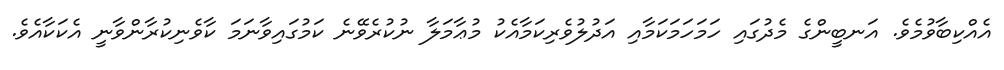
އެއްކިބާވުމެވެ. އަނބީންގެ މެދުގައި ހަމަހަމަކަމާއި އަދުލުވެރިކަމާއެކު މުޢާމަލާ ނުކުރެވޭނެ ކަމުގައިވާނަމަ ކާވެނިކުރާންވާނީ އެކަކާއެވެ.